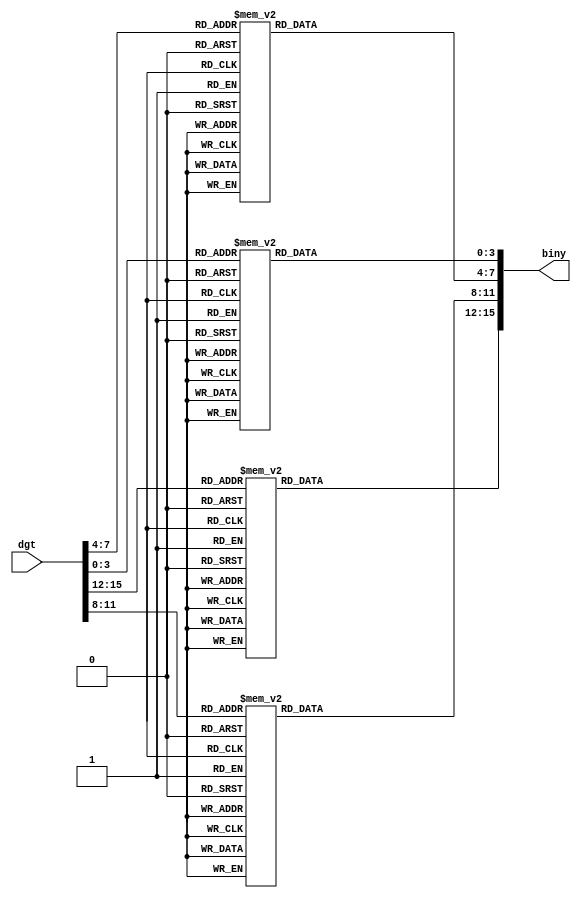
/*
   This file was generated automatically by the Mojo IDE version B1.3.6.
   Do not edit this file directly. Instead edit the original Lucid source.
   This is a temporary file and any changes made to it will be destroyed.
*/

module decToBin_13 (
    input [15:0] dgt,
    output reg [15:0] biny
  );
  
  
  
  always @* begin
    biny = 16'h0000;
    
    case (dgt[12+3-:4])
      1'h0: begin
        biny[12+3-:4] = 4'h0;
      end
      1'h1: begin
        biny[12+3-:4] = 4'h1;
      end
      2'h2: begin
        biny[12+3-:4] = 4'h2;
      end
      2'h3: begin
        biny[12+3-:4] = 4'h3;
      end
      3'h4: begin
        biny[12+3-:4] = 4'h4;
      end
      3'h5: begin
        biny[12+3-:4] = 4'h5;
      end
      3'h6: begin
        biny[12+3-:4] = 4'h6;
      end
      3'h7: begin
        biny[12+3-:4] = 4'h7;
      end
      4'h8: begin
        biny[12+3-:4] = 4'h8;
      end
      4'h9: begin
        biny[12+3-:4] = 4'h9;
      end
    endcase
    
    case (dgt[8+3-:4])
      1'h0: begin
        biny[8+3-:4] = 4'h0;
      end
      1'h1: begin
        biny[8+3-:4] = 4'h1;
      end
      2'h2: begin
        biny[8+3-:4] = 4'h2;
      end
      2'h3: begin
        biny[8+3-:4] = 4'h3;
      end
      3'h4: begin
        biny[8+3-:4] = 4'h4;
      end
      3'h5: begin
        biny[8+3-:4] = 4'h5;
      end
      3'h6: begin
        biny[8+3-:4] = 4'h6;
      end
      3'h7: begin
        biny[8+3-:4] = 4'h7;
      end
      4'h8: begin
        biny[8+3-:4] = 4'h8;
      end
      4'h9: begin
        biny[8+3-:4] = 4'h9;
      end
    endcase
    
    case (dgt[4+3-:4])
      1'h0: begin
        biny[4+3-:4] = 4'h0;
      end
      1'h1: begin
        biny[4+3-:4] = 4'h1;
      end
      2'h2: begin
        biny[4+3-:4] = 4'h2;
      end
      2'h3: begin
        biny[4+3-:4] = 4'h3;
      end
      3'h4: begin
        biny[4+3-:4] = 4'h4;
      end
      3'h5: begin
        biny[4+3-:4] = 4'h5;
      end
      3'h6: begin
        biny[4+3-:4] = 4'h6;
      end
      3'h7: begin
        biny[4+3-:4] = 4'h7;
      end
      4'h8: begin
        biny[4+3-:4] = 4'h8;
      end
      4'h9: begin
        biny[4+3-:4] = 4'h9;
      end
    endcase
    
    case (dgt[0+3-:4])
      1'h0: begin
        biny[0+3-:4] = 4'h0;
      end
      1'h1: begin
        biny[0+3-:4] = 4'h1;
      end
      2'h2: begin
        biny[0+3-:4] = 4'h2;
      end
      2'h3: begin
        biny[0+3-:4] = 4'h3;
      end
      3'h4: begin
        biny[0+3-:4] = 4'h4;
      end
      3'h5: begin
        biny[0+3-:4] = 4'h5;
      end
      3'h6: begin
        biny[0+3-:4] = 4'h6;
      end
      3'h7: begin
        biny[0+3-:4] = 4'h7;
      end
      4'h8: begin
        biny[0+3-:4] = 4'h8;
      end
      4'h9: begin
        biny[0+3-:4] = 4'h9;
      end
    endcase
  end
endmodule